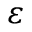
\varepsilon